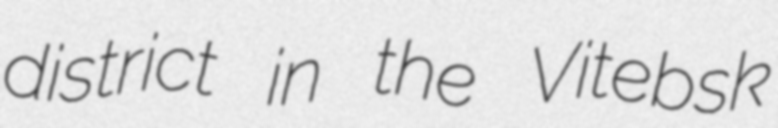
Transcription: district in the Vitebsk